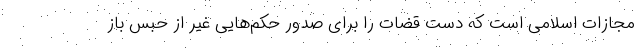
مجازات اسلامی است که دست قضات را برای صدور حکم‌هایی غیر از حبس باز